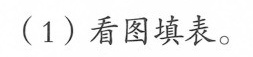
(1)看图填表。